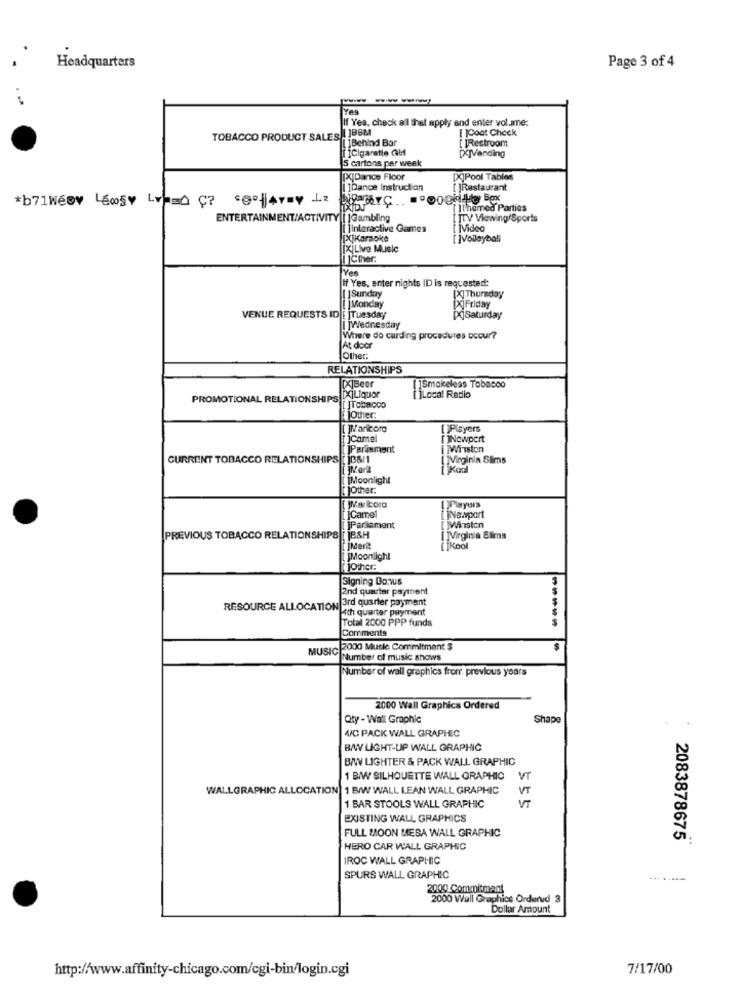
Headquarters
Page 3 of 4
..
If Yes, check all that apply and enter volume:
[ ]BBM
[ ]Coat Check
TOBACCO PRODUCT SALES-
[1Behind Bar
[ ]Restroom
ICigarette Gif
[X]Vending
5 cartons per week
[X]Dance Floor
[]Pool Tables
[]Dance Instruction
[ ]Restaurant
*b71weov Lewsy Lvp= Ç? "effray La
[ ]Themed Parties
ENTERTAINMENT/ACTIVITY [ ]Gambling
TV Viewing/Sports
[ ]interactive Games
MVideo
[X]Karaoke
[ ]Volleyball
[X]Live Music
JCther.
Yes
If Yes, enter nights ID is requested:
| Sunday
[X] Thursday
Monday
XFriday
VENUE REQUESTS ID [ ]Tuesday
pojSaturday
[ ]Wednesday
Where do carding procedures occur?
At door
Other
RELATIONSHIPS
[X]Beer
[]Smokeless Tobacco
PROMOTIONAL RELATIONSHIPS !!
s [X]Liquor
[ ]Local Radio
[ ]Tobacco
JOther:
[ ]Maricoro
[Payers
camel
[ ]Newpert
Parlament
Mission
CURRENT TOBACCO RELATIONSHIPS [ ]B&/1
I MVirginia Slims
[]Kodl
IMoonlight
JOther.
[ ]Camel
QPiwyurs
[]Newport
[ ]Parliament
[ Miston
PREVIOUS TOBACCO RELATIONSHIPS [ ]B&H
[ ]Virginia Slims
[ ]Merk
[ IKool
JMoonlight
1Other:
Signing Bonus
2nd quarter payment
RESOURCE ALLOCATION 3rd quarter payment
Hith quarter payment
Total 2000 PPP funds
-----
Comments
MUSIC
2000 Muslo Commitment $
Number of music shows
Number of wall graphics from previous years
2000 Wall Graphics Ordered
Qty - Wall Graphic
Shape
A/C PACK WALL GRAPHIC
B/W LIGHT-UP WALL GRAPHIC
B/W LIGHTER & PACK WALL GRAPHIC
1 B/W SILHOUETTE WALL GRAPHIC
VT
WALLGRAPHIC ALLOCATION 1 B/W WALL LEAN WALL GRAPHIC
VT
1 BAR STOOLS WALL GRAPHIC
VT
EXISTING WALL GRAPHICS
FULL MOON MESA WALL GRAPHIC
2083878675
HERO CAR WALL GRAPHIC
IROC WALL GRAPHIC
SPURS WALL GRAPHIC
2000 Commitment
2000 Wall Graphics Orderud 3
Dollar Amount
http://www.affinity-chicago.com/cgi-bin/login.cgi
7/17/00